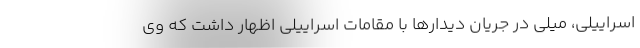
اسراییلی، میلی در جریان دیدارها با مقامات اسراییلی اظهار داشت که وی